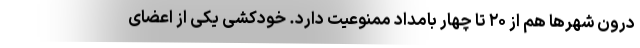
درون شهرها هم از ۲۰ تا چهار بامداد ممنوعیت دارد. خودکشی یکی از اعضای